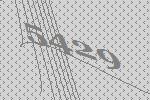
5429